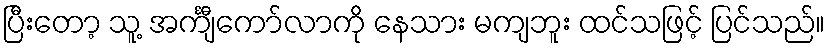
ပြီးတော့ သူ့ အင်္ကျီကော်လာကို နေသား မကျဘူး ထင်သဖြင့် ပြင်သည်။